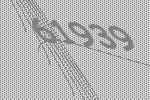
61939